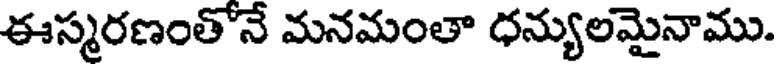
ఈస్మరణంతోనే మనమంతా ధన్యులమైనాము.